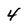
Character: 4